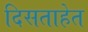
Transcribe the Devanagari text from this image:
दिसताहेत